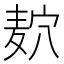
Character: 𱋎